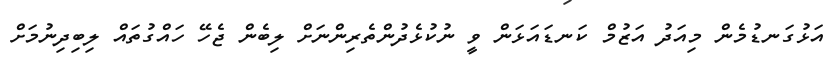
އަޅުގަނޑުމެން މިއަދު އަޒުމް ކަނޑައަޅަން ވީ ނުކުޅެދުންތެރިންނަށް ލިބެން ޖެހޭ ހައްގުތައް ލިބިދިނުމަށް